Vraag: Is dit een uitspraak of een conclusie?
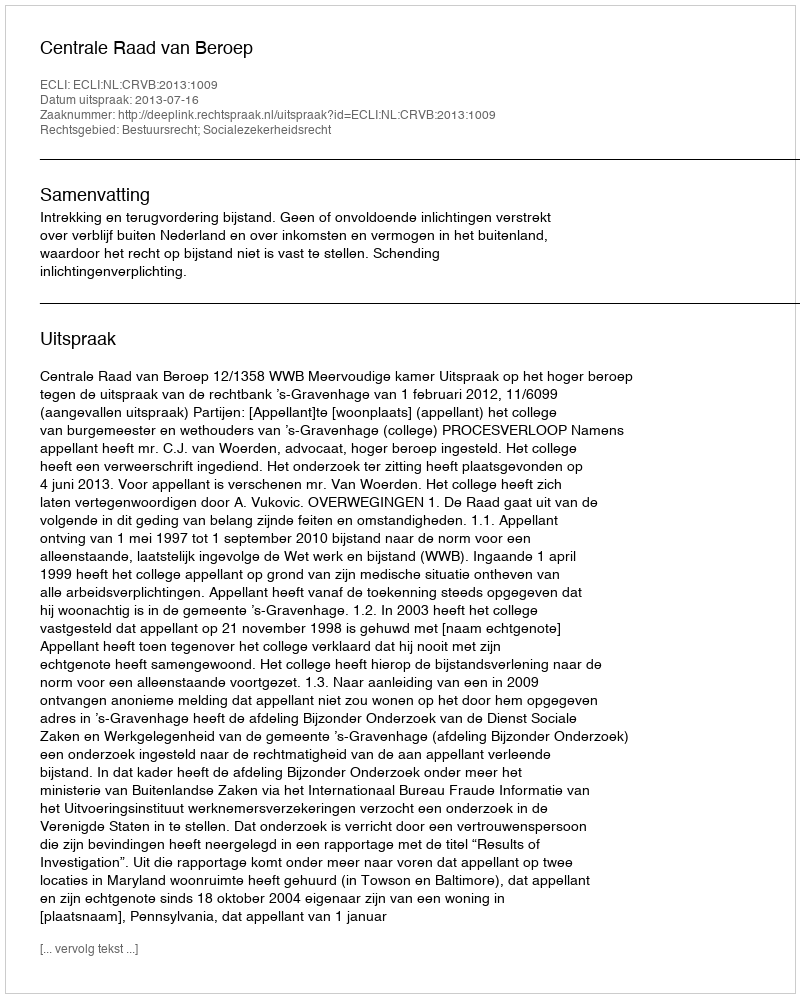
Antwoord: Uitspraak